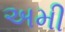
અમી